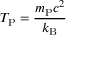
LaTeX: T _ { \mathrm { P } } = { \frac { m _ { \mathrm { P } } c ^ { 2 } } { k _ { \mathrm { B } } } }